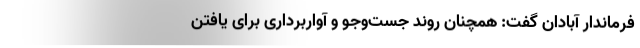
فرماندار آبادان گفت: همچنان روند جست‌وجو و آواربرداری برای یافتن